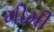
મીમી